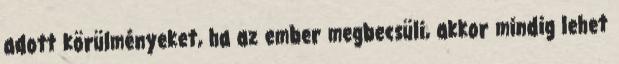
adott körülményeket, ha az ember megbecsüli, akkor mindig lehet